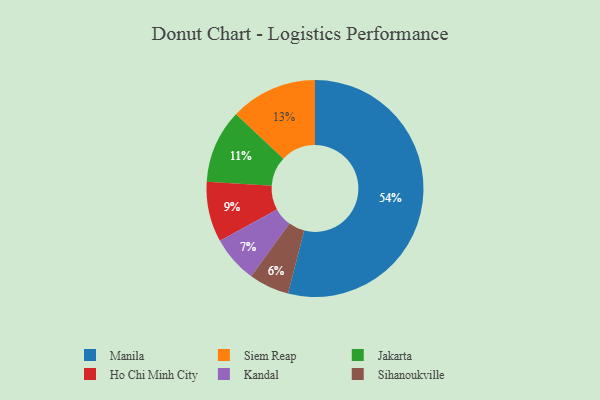
{"axis": {"x": "Category", "y": "Percentage"}, "legend": ["Ho Chi Minh City", "Jakarta", "Kandal", "Manila", "Siem Reap", "Sihanoukville"], "data": [{"x": "Siem Reap", "y": 13, "type": "Siem Reap"}, {"x": "Ho Chi Minh City", "y": 9, "type": "Ho Chi Minh City"}, {"x": "Manila", "y": 54, "type": "Manila"}, {"x": "Kandal", "y": 7, "type": "Kandal"}, {"x": "Jakarta", "y": 11, "type": "Jakarta"}, {"x": "Sihanoukville", "y": 6, "type": "Sihanoukville"}]}